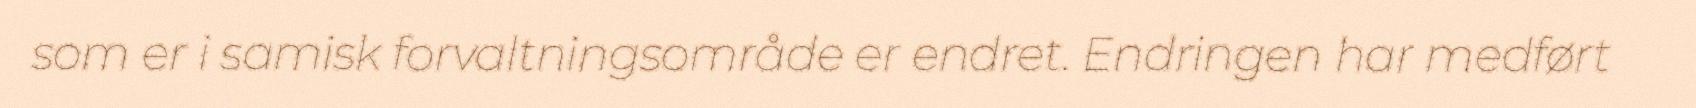
som er i samisk forvaltningsområde er endret. Endringen har medført